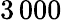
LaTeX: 3\, 000